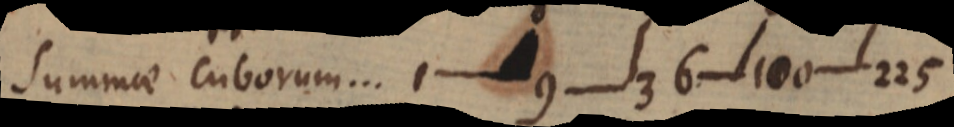
Summae Cuborum ... 1-9-36-100-225